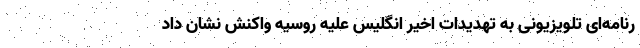
رنامه‌ای تلویزیونی به تهدیدات اخیر انگلیس علیه روسیه واکنش نشان داد